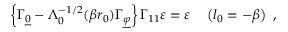
\left\{ \Gamma _ { \underline { { { 0 } } } } - \Lambda _ { 0 } ^ { - 1 / 2 } ( \beta r _ { 0 } ) \Gamma _ { \underline { { { \varphi } } } } \right\} \Gamma _ { 1 1 } \varepsilon = \varepsilon \quad \left( l _ { 0 } = - \beta \right) ~ ,